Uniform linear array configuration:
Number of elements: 32
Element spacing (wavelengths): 0.75
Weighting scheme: cosine
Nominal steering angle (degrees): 15
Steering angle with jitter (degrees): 13.787
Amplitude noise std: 0.05
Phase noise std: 0.05

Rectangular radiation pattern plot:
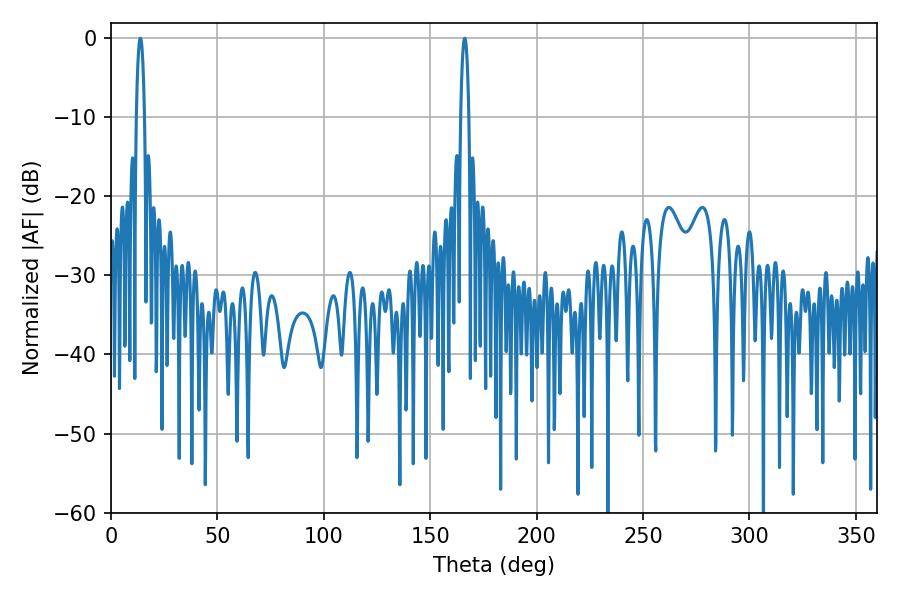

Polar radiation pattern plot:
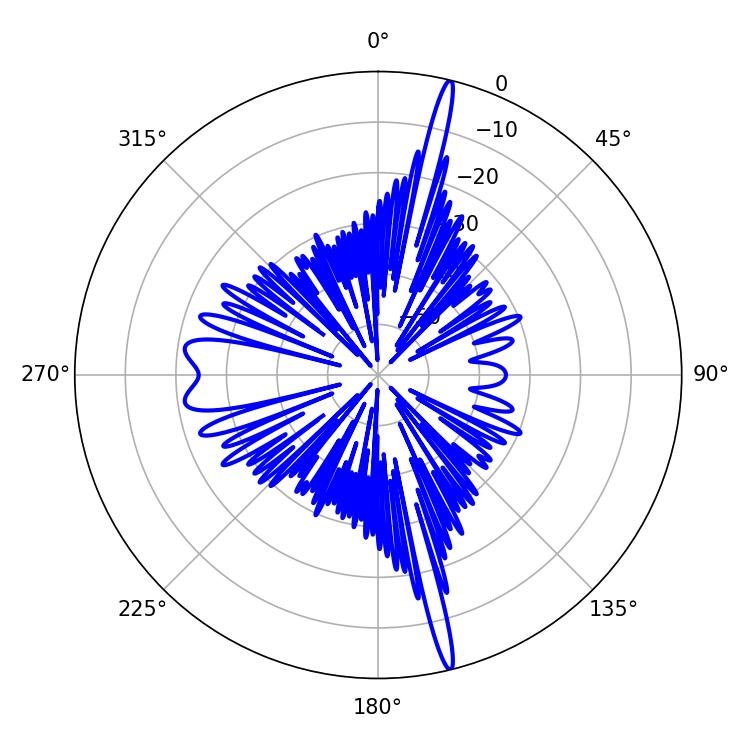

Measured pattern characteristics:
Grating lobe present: TRUE
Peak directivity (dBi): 20.611
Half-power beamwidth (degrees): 2.16
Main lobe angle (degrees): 166.14